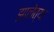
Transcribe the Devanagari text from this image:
झालेत्या